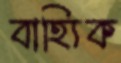
বাহ্যিক